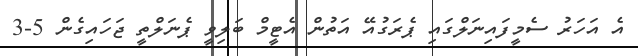
އެ އަހަރު ސެމީފައިނަލްގައި ޕެރަގުއޭ އަތުން އެޓީމް ބަލިވީ ޕެނަލްތީ ޖަހައިގެން 5-3